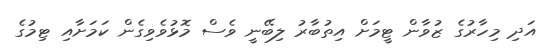
އަދި މިހާރުގެ ޒުވާން ޓީމަށް އިތުބާރު ލިބޭނީ ވެސް މޮޅުވެވިގެން ކަމަށާއި ޓިމުގެ